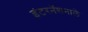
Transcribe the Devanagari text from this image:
इंटरनॅशनाले